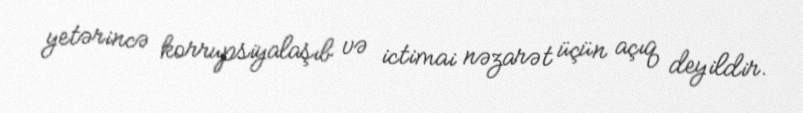
yetərincə korrupsiyalaşıb və ictimai nəzarət üçün açıq deyildir.